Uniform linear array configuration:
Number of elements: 12
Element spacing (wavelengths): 1
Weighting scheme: hamming
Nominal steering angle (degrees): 45
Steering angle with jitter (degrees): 43.143
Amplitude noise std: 0.05
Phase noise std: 0.05

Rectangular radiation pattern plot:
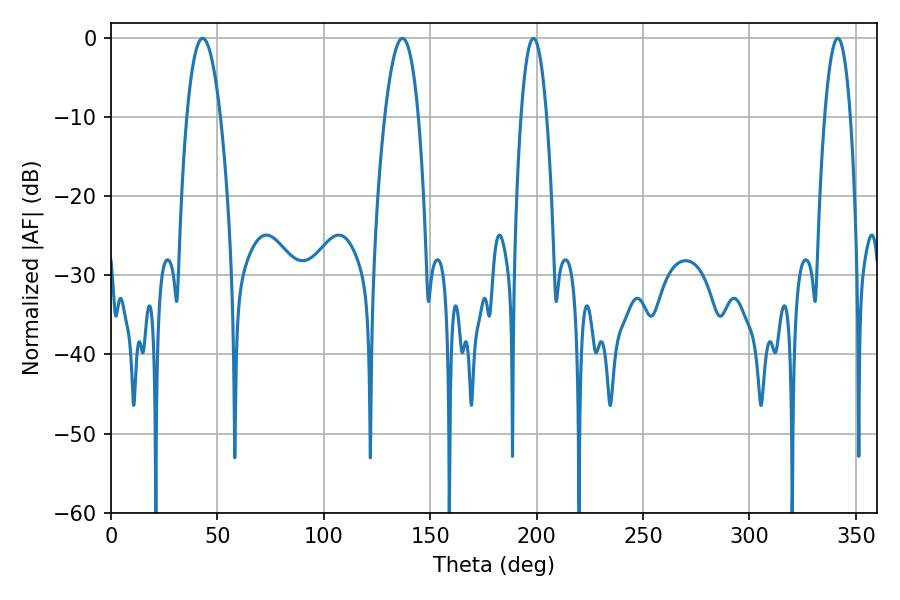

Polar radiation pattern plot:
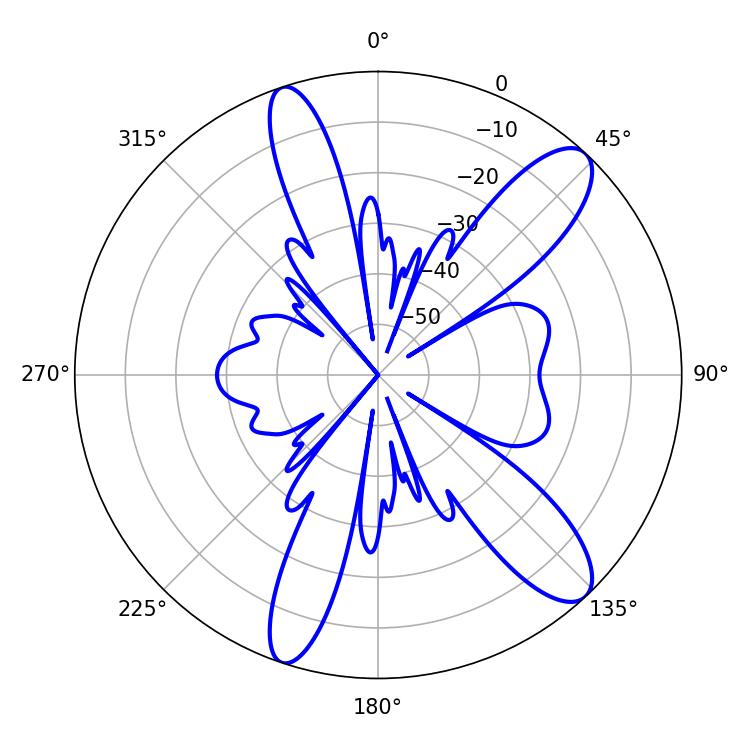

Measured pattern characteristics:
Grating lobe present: TRUE
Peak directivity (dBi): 11.389
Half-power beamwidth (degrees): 8.64
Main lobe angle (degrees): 43.02